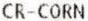
CR-CORN